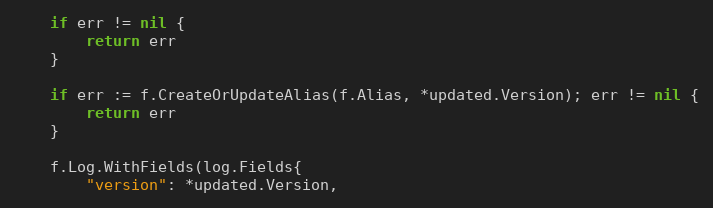
Language: Go
	if err != nil {
		return err
	}

	if err := f.CreateOrUpdateAlias(f.Alias, *updated.Version); err != nil {
		return err
	}

	f.Log.WithFields(log.Fields{
		"version": *updated.Version,